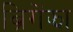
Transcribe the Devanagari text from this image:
ब्रिगेंझा